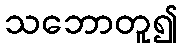
သဘောတူ၍